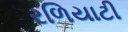
રળિયાટી